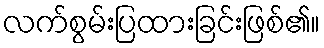
လက်စွမ်းပြထားခြင်းဖြစ်၏။